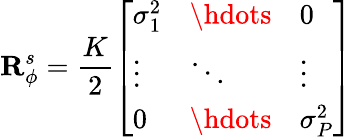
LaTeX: \mathbf{R}_{\phi}^{s}=\frac{K}{2}\left[\begin{array}{lll}{\sigma_{1}^{2}}&{\hdots}&{0}\\ {\vdots}&{\ddots}&{\vdots}\\ {0}&{\hdots}&{\sigma_{P}^{2}}\end{array}\right]